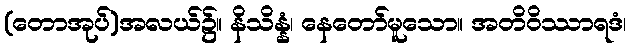
(တောအုပ်)အလယ်၌။ နိသိန္နံ၊ နေတော်မူသော။ အတိဝိဿာရဒံ၊